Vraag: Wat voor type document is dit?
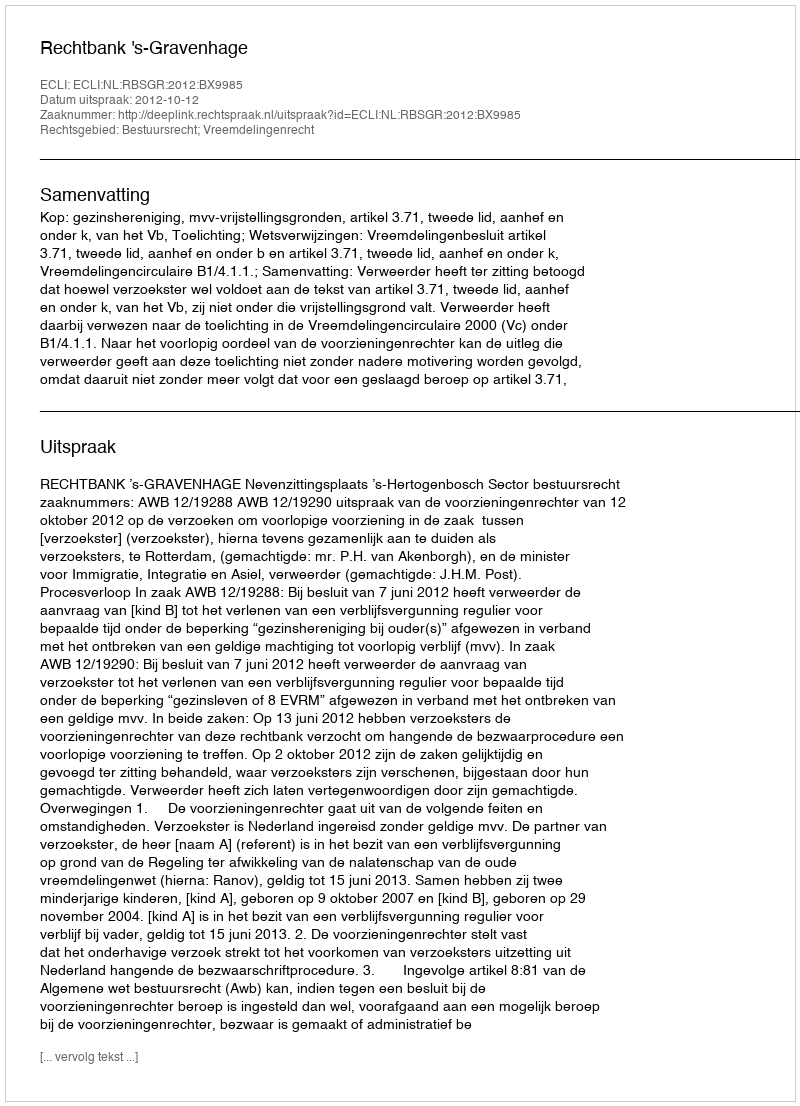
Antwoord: Uitspraak